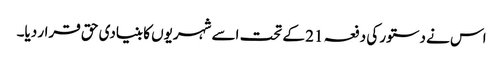
اس نے دستور کی دفعہ 21 کے تحت اسے شہریوں کا بنیادی حق قرار دیا۔